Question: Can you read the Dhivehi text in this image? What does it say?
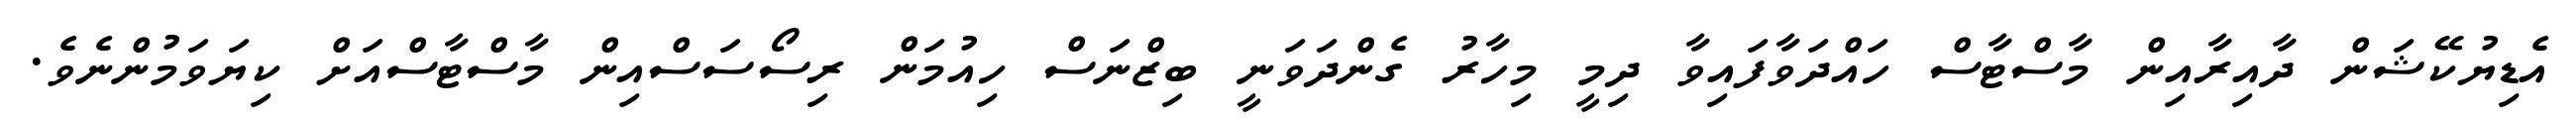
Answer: އެޑިޔުކޭޝަން ދާއިރާއިން މާސްޓާސް ހައްދަވާފައިވާ ދިމީ މިހާރު ގެންދަވަނީ ބިޒްނަސް ހިއުމަން ރިސޯސަސްއިން މާސްޓާސްއަށް ކިޔަވަމުންނެވެ.